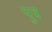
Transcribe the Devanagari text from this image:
प़ुत्र